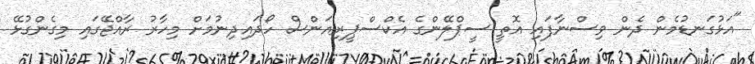
"އަޅުގަނޑުމެން ދެން ވިސްނާފައި އޮތީ ސީޕްލޭންގެ އެކްސްޕީރިއަންސް ހޯދައިދިނުމަށް މިހާރު ރާއްޖޭގައި މިގެންގުޅޭ